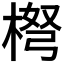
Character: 𱣳